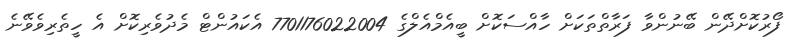
ފޯރުކޮށްދޭން ބޭނުންވާ ފަރާތްތަކަށް ހާއްސަކޮށް ބީއެމްއެލްގެ 7701176022004 އެކައުންޓް މެދުވެރިކޮށް އެ ހީތެރިވެވޭނެ